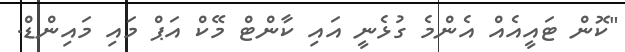
"ކޮން ޓައީއެއް އެންމެ ގުޅެނީ އައި ކާންޓް މޭކް އަޕް މައި މައިންޑް.